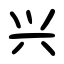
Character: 兴